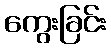
ကွေးခြင်း